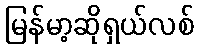
မြန်မာ့ဆိုရှယ်လစ်